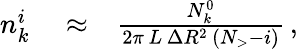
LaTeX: \begin{array}{rlr}{n_{k}^{i}}&{{}\approx}&{\frac{N_{k}^{0}}{2\pi\, L\, \Delta R^{2}\, \left(N_{>}-i\right)}\, ,}\end{array}